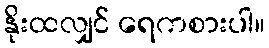
နိုးထလျှင် ရေကစားပါ။